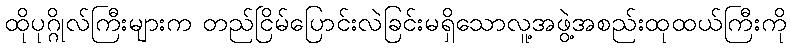
ထိုပုဂ္ဂိုလ်ကြီးများက တည်ငြိမ်ပြောင်းလဲခြင်းမရှိသောလူ့အဖွဲ့အစည်းထုထယ်ကြီးကို